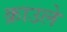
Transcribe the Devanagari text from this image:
क्राउले